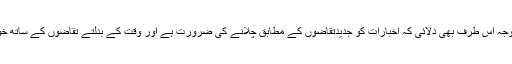
وزیر اطلاعات نے وفد کے ارکان کی توجہ اس طرف بھی دلائی کہ اخبارات کو جدیدتقاضوں کے مطابق چلانے کی ضرورت ہے اور وقت کے بدلتے تقاضوں کے ساتھ خود کو ہم آہنگ کرنے کی ضرورت ہے ۔